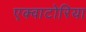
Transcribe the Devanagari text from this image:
एक्वाटोरिया